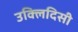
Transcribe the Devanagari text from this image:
उक्लिदिसी